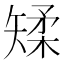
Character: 𪿌